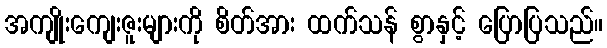
အကျိုးကျေးဇူးများကို စိတ်အား ထက်သန် စွာနှင့် ပြောပြသည်။